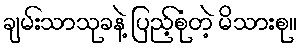
ချမ်းသာသုခနဲ့ ပြည့်စုံတဲ့ မိသားစု။